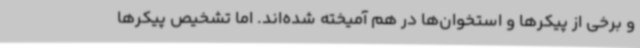
و برخی از پیکرها و استخوان‌ها در هم آمیخته‌ شده‌اند. اما تشخیص پیکرها